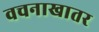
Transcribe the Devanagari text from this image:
वचनाखातर